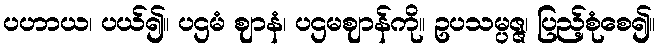
ပဟာယ၊ ပယ်၍။ ပဌမံ ဈာနံ၊ ပဌမဈာန်ကို။ ဥပသမ္ပဇ္ဇ၊ ပြည့်စုံစေ၍။